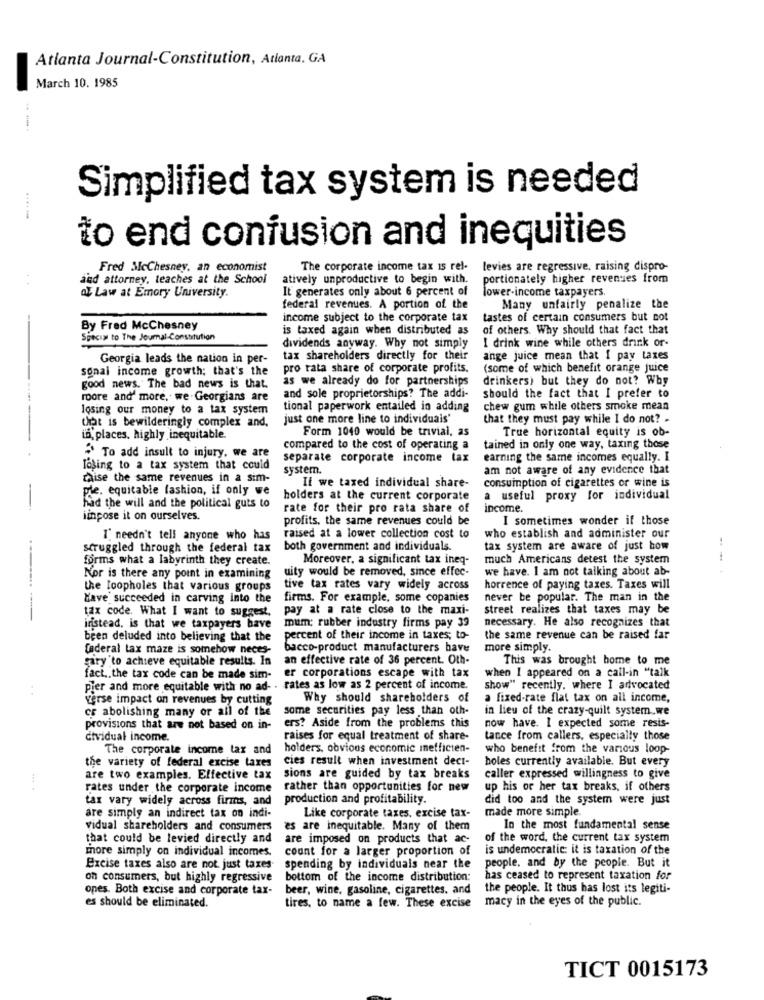
Atlanta Journal-Constitution, Atlanta, GA
March 10. 1985
Simplified tax system is needed
.....
to end confusion and inequities
Fred McChesney, an economist
The corporate income tax is rel-
levies are regressive, raising dispro-
and attorney, teaches at the School
atively unproductive to begin with.
portionately higher revenues from
It generates only about 6 percent of
lower-income taxpayers
az Law at Emory University.
federal revenues. A portion of the
Many unfairly penalize the
income subject to the corporate tax
tastes of certain consumers but not
By Fred McChesney
is taxed again when distributed as
of others. Why should that fact that
Special to The Journal-Constitution
I drink wine while others drink or-
dividends anyway. Why not simply
Georgia leads the nation in per-
tax shareholders directly for their
ange juice mean that I pay taxes
sonal income growth; that's the
pro rata share of corporate profits.
(some of which benefit orange juice
as we already do for partnerships
drinkers) but they do not? Wby
good news. The bad news is that.
roore and' more, we - Georgians are
and sole proprietorships? The addi-
should the fact that I prefer to
losing our money to a tax system
tional paperwork entailed in adding
chew gum while others smoke mean
that is bewilderingly complex and,
just one more line to individuals'
that they must pay while I do not? .
Form 1040 would be trivial, as
True horizontal equity is ob-
ta, places. highly inequitable.
compared to the cost of operating a
tained in only one way, taxing those
To add insult to injury. we are
separate corporate income tax
earning the same incomes equally. I
losing to a tax system that could
system.
am not aware of any evidence that
chaise the same revenues in a sim-
consumption of cigarettes or wine is
ple. equitable fashion, if only we
Il we taxed individual share-
holders at the current corporate
a useful proxy for individual
had the will and the political guts to
rate for their pro rata share of
income.
iinpose it on ourselves.
profits. the same revenues could be
I sometimes wonder if those
I needn't tell anyone who has
raised at a lower collection cost to
who establish and administer our
struggled through the federal tax
both government and individuals.
tax system are aware of just how
forms what a labyrinth they create.
Moreover, a significant tax ineq-
much Americans detest the system
uity would be removed, since effec-
we have. I am not talking about ab-
---
Kor is there any point in examining
the loopholes that various groups
tive tax rates vary widely across
horrence of paying taxes. Taxes will
Have succeeded in carving into the
firms. For example, some copanies
never be popular. The man in the
--- ---
tax code. What I want to suggest.
pay at a rate close to the maxi-
street realizes that taxes may be
mum; rubber industry firms pay 39
necessary. He also recognizes that
instead. is that we taxpayers have
bren deluded into believing that the
percent of their income in taxes; to-
the same revenue can be raised far
federal tax maze is somehow neces-
bacco-product manufacturers have
more simply.
Fary to achieve equitable results. In
an effective rate of 36 percent. Oth-
This was brought home to me
er corporations escape with tax
when I appeared on a call-in "talk
fact .. the tax code can be made sim-
pier and more equitable with no ad- . rates as low as 2 percent of income.
show" recently, where I advocated
verse impact on revenues by cutting
Why should shareholders of
fixed-rate flat tax on all income,
cr abolishing many or all of the
some securities pay less than oth-
in lieu of the crazy-quilt system.we
now have. I expected some resis-
provisions that are not based on in-
ers? Aside from the problems this
dividual income.
raises for equal treatment of share-
tance from callers, especially those
The corporate income tax and
holders, obvions economic metficten-
who benefit from the various loop-
the variety of federal excise taxes
cies result when investment dect-
holes currently available. But every
are two examples. Effective tax
sions are guided by tax breaks
caller expressed willingness to give
rates under the corporate income
rather than opportunities for new
up his or her tax breaks, if others
tax vary widely across firms, and
production and profitability.
did too and the system were just
made more simple.
are simply an indirect tax on indi-
Like corporate taxes, excise tax-
vidual shareholders and consumers
es are inequitable. Many of them
In the most fundamental sense
that could be levied directly and
are imposed on products that ac-
of the word, the current tax system
more simply on individual incomes.
count for a larger proportion of
is undemocratic: it is taxation of the
Excise taxes also are not just taxes-
spending by individuals near the
people, and by the people. But it
on consumers, but highly regressive
bottom of the income distribution:
has ceased to represent taxation for
opes. Both excise and corporate tax-
beer, wine, gasoline, cigarettes, and
the people. It thus has lost its legiti-
macy in the eyes of the public.
es should be eliminated.
tires, to name a few. These excise
TICT 0015173